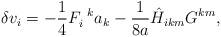
LaTeX: \begin{align*}\delta v_{i} = - \frac{1}{4} F_{i}^{\;\;k} a_{k} -\frac{1}{8a} {{\hat{H}}}_{ikm} G^{km},\end{align*}